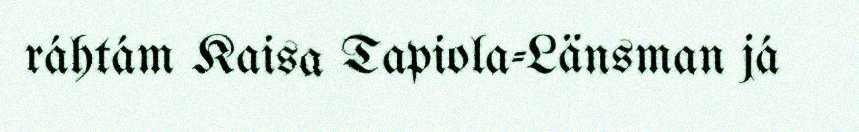
ráhtám Kaisa Tapiola-Länsman já